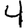
Digit: 4